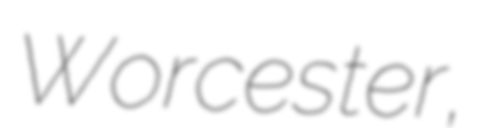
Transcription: Worcester,